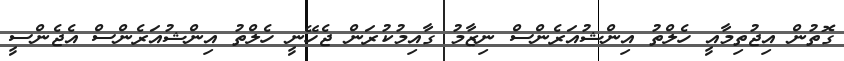
ގޮތުން އިޖުތިމާއީ ހެލްތު އިންޝުއަރެންސް ނިޒާމު ގާއިމުކުރަން ޖެހޭނީ ހެލްތު އިންޝުއަރެންސް އެޖެންސީ